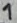
Text: 1